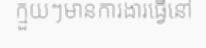
ក្មួយៗមានការងារធ្វើនៅ